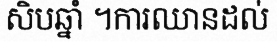
សិបឆ្នាំ ។ការឈានដល់